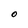
Character: O